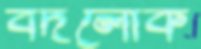
বদলোক